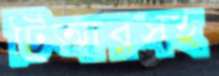
টিআরসহ